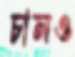
চালও